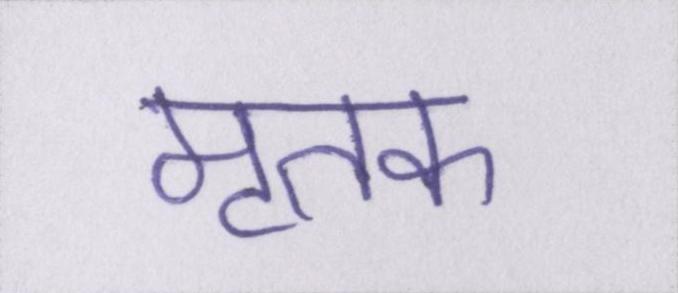
मृतक